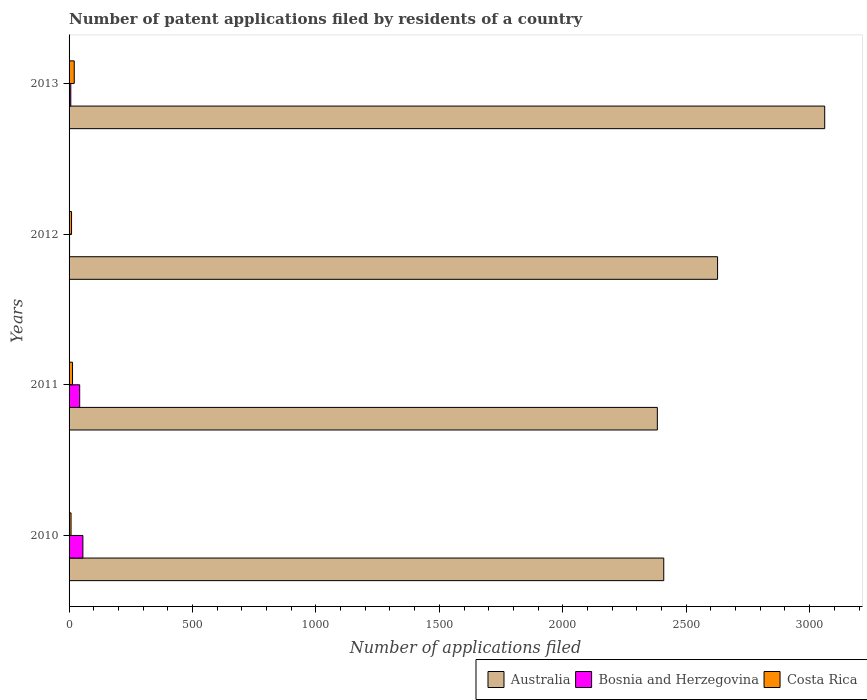
| Years | Australia | Bosnia and Herzegovina | Costa Rica |
 | --- | --- | --- | --- |
 | 2010 | 2.41e+03 | 56 | 8 |
 | 2011 | 2.38e+03 | 43 | 14 |
 | 2012 | 2.63e+03 | 2 | 10 |
 | 2013 | 3.06e+03 | 7 | 21 |